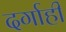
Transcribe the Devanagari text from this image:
दर्गाही